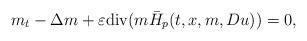
LaTeX: \begin{align*}m_{t}-\Delta m + \varepsilon\mathrm{div}(m\bar{H}_{p}(t,x,m,Du))=0,\end{align*}